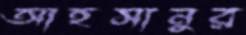
আহসানুর